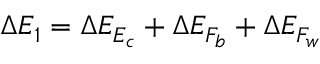
\Delta E _ { 1 } = \Delta E _ { E _ { c } } + \Delta E _ { F _ { b } } + \Delta E _ { F _ { w } }